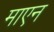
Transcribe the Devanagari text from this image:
माएन